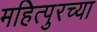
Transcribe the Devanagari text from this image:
महित्पुरच्या